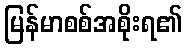
မြန်မာစစ်အစိုးရ၏